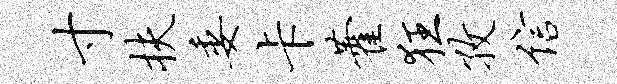
寸扶委卡藿狂孜信